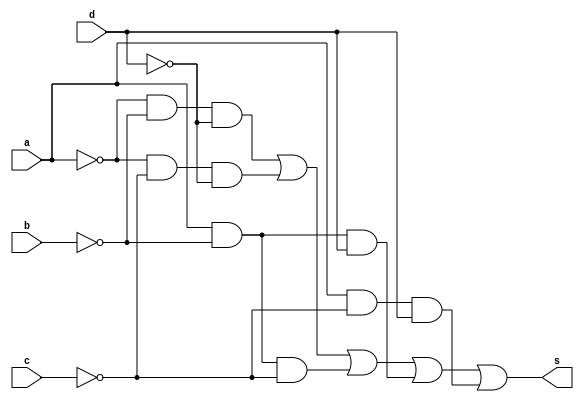
//--Pontificia Universidade Catolica
//--Nome: Bruno Santiago Pinheiro
//--Matricula: 405792
//--Data:30/10/2010
//--Professor: Theldo
//--Guia_08



//-------------------------------
//---- EXERCICIO 02
//-------------------------------
module exercicio02 (s, a, b, c, d);

input a, b, c, d;
output s;

and AND1 (s1, ~a, ~b, ~d);
and AND2 (s2, ~a, ~c, ~d);
and AND3 (s3, a, ~b, ~c);
and AND4 (s4, a, ~b, d);
and AND5 (s5, a, ~c, d);
or OR1 (s, s1, s2, s3, s4, s5);

endmodule

//--------------------------------
//------ TESTE DO EXERCICIO 02
//--------------------------------

module testexercicio02;

reg a, b, c, d;
wire s;

exercicio02 EX2 (s, a, b, c, d);


initial begin

$display ("Bruno Santiago Pinheiro");
$display ("Matricula: 405792");
$display ("Simplificacao do circuito dado no exercicio02 guia08");
$display ("a b c d = s");

#1 a=0; b=0; c=0; d=0;

$monitor ("%b %b %b %b = %b",a, b, c, d, s);

#1 a=0; b=0; c=0; d=1;
#1 a=0; b=0; c=1; d=0;
#1 a=0; b=0; c=1; d=1;
#1 a=0; b=1; c=0; d=0;
#1 a=0; b=1; c=0; d=1;
#1 a=0; b=1; c=1; d=0;
#1 a=0; b=1; c=1; d=1;
#1 a=1; b=0; c=0; d=0;
#1 a=1; b=0; c=0; d=1;
#1 a=1; b=0; c=1; d=0;
#1 a=1; b=0; c=1; d=1;
#1 a=1; b=1; c=0; d=0;
#1 a=1; b=1; c=0; d=1;
#1 a=1; b=1; c=1; d=0;
#1 a=1; b=1; c=1; d=1;



end
endmodule

//-- Exercicio feito no ConTEXT, no consegui copiar o teste feito.